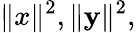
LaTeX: \| x\| ^{2},\| \mathbf{y}\| ^{2},